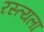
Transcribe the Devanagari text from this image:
रस्त्यला